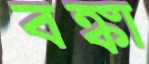
বঙ্কা